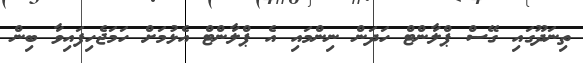
ތިނަދޫގައި ގޭސް ޕްލާންޓް ހަދަން ނިންމައި އެ ޕްލާންޓް އެޅުމަށް ހަމަޖެހިފައިވާ ބިން